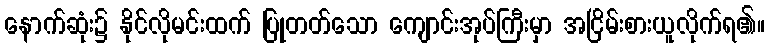
နောက်ဆုံး၌ နိုင်လိုမင်းထက် ပြုတတ်သော ကျောင်းအုပ်ကြီးမှာ အငြိမ်းစားယူလိုက်ရ၏။